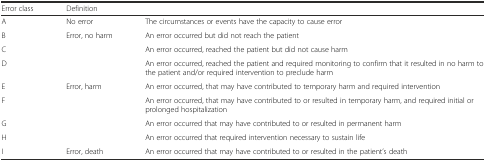
<table><thead><tr><td><b>Error class</b></td><td colspan="2"><b>Definition</b></td></tr></thead><tbody><tr><td>A</td><td>No error</td><td>The circumstances or events have the capacity to cause error</td></tr><tr><td>B</td><td rowspan="3">Error, no harm</td><td>An error occurred but did not reach the patient</td></tr><tr><td>C</td><td>An error occurred, reached the patient but did not cause harm</td></tr><tr><td>D</td><td>An error occurred, reached the patient and required monitoring to confirm that it resulted in no harm to the patient and/or required intervention to preclude harm</td></tr><tr><td>E</td><td rowspan="4">Error, harm</td><td>An error occurred, that may have contributed to temporary harm and required intervention</td></tr><tr><td>F</td><td>An error occurred, that may have contributed to or resulted in temporary harm, and required initial or prolonged hospitalization</td></tr><tr><td>G</td><td>An error occurred that may have contributed to or resulted in permanent harm</td></tr><tr><td>H</td><td>An error occurred that required intervention necessary to sustain life</td></tr><tr><td>I</td><td>Error, death</td><td>An error occurred that may have contributed to or resulted in the patient’s death</td></tr></tbody></table>